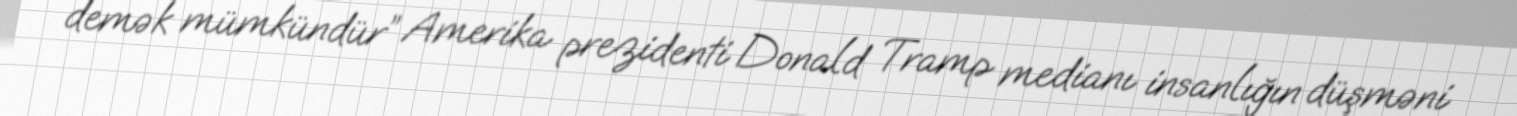
demək mümkündür” Amerika prezidenti Donald Tramp medianı insanlığın düşməni